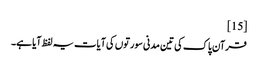
[15]
قرآن پاک کی تین مدنی سورتوں کی آیات یہ لفظ آیا ہے۔